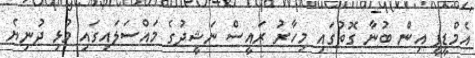
އެމްޑީޕީ އިން ބުނާ ގޮތުގައި މިހާރު ރައީސް ނަޝީދުގެ މައްސަލައިގައި މުޅި ދުނިޔެ